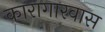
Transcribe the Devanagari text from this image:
कारागारवास